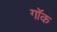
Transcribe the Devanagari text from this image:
गॉक